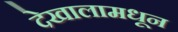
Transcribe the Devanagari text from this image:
देखालामधून